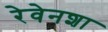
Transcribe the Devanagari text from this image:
रेवेनशा